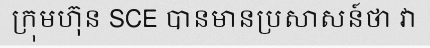
ក្រុមហ៊ុន SCE បានមានប្រសាសន៍ថា វា